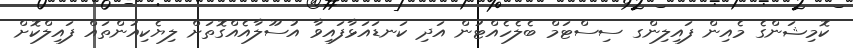
ކޮމިޝަންގެ މެއިން ފައިލިންގ ސިސްޓަމް ބެލެހެއްޓުން އަދި ކަނޑައަޅާފައިވާ އުސޫލާއެއްގޮތަށް ލިޔެކިއުންތައް ފައިލްކޮށް